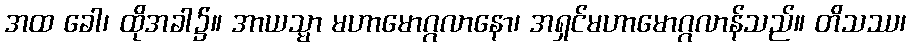
အထ ခေါ၊ ထိုအခါ၌။ အာယသ္မာ မဟာမောဂ္ဂလာနော၊ အရှင်မဟာမောဂ္ဂလာန်သည်။ တိသဿ၊